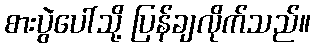
စားပွဲပေါ်သို့ ပြန်ချလိုက်သည်။